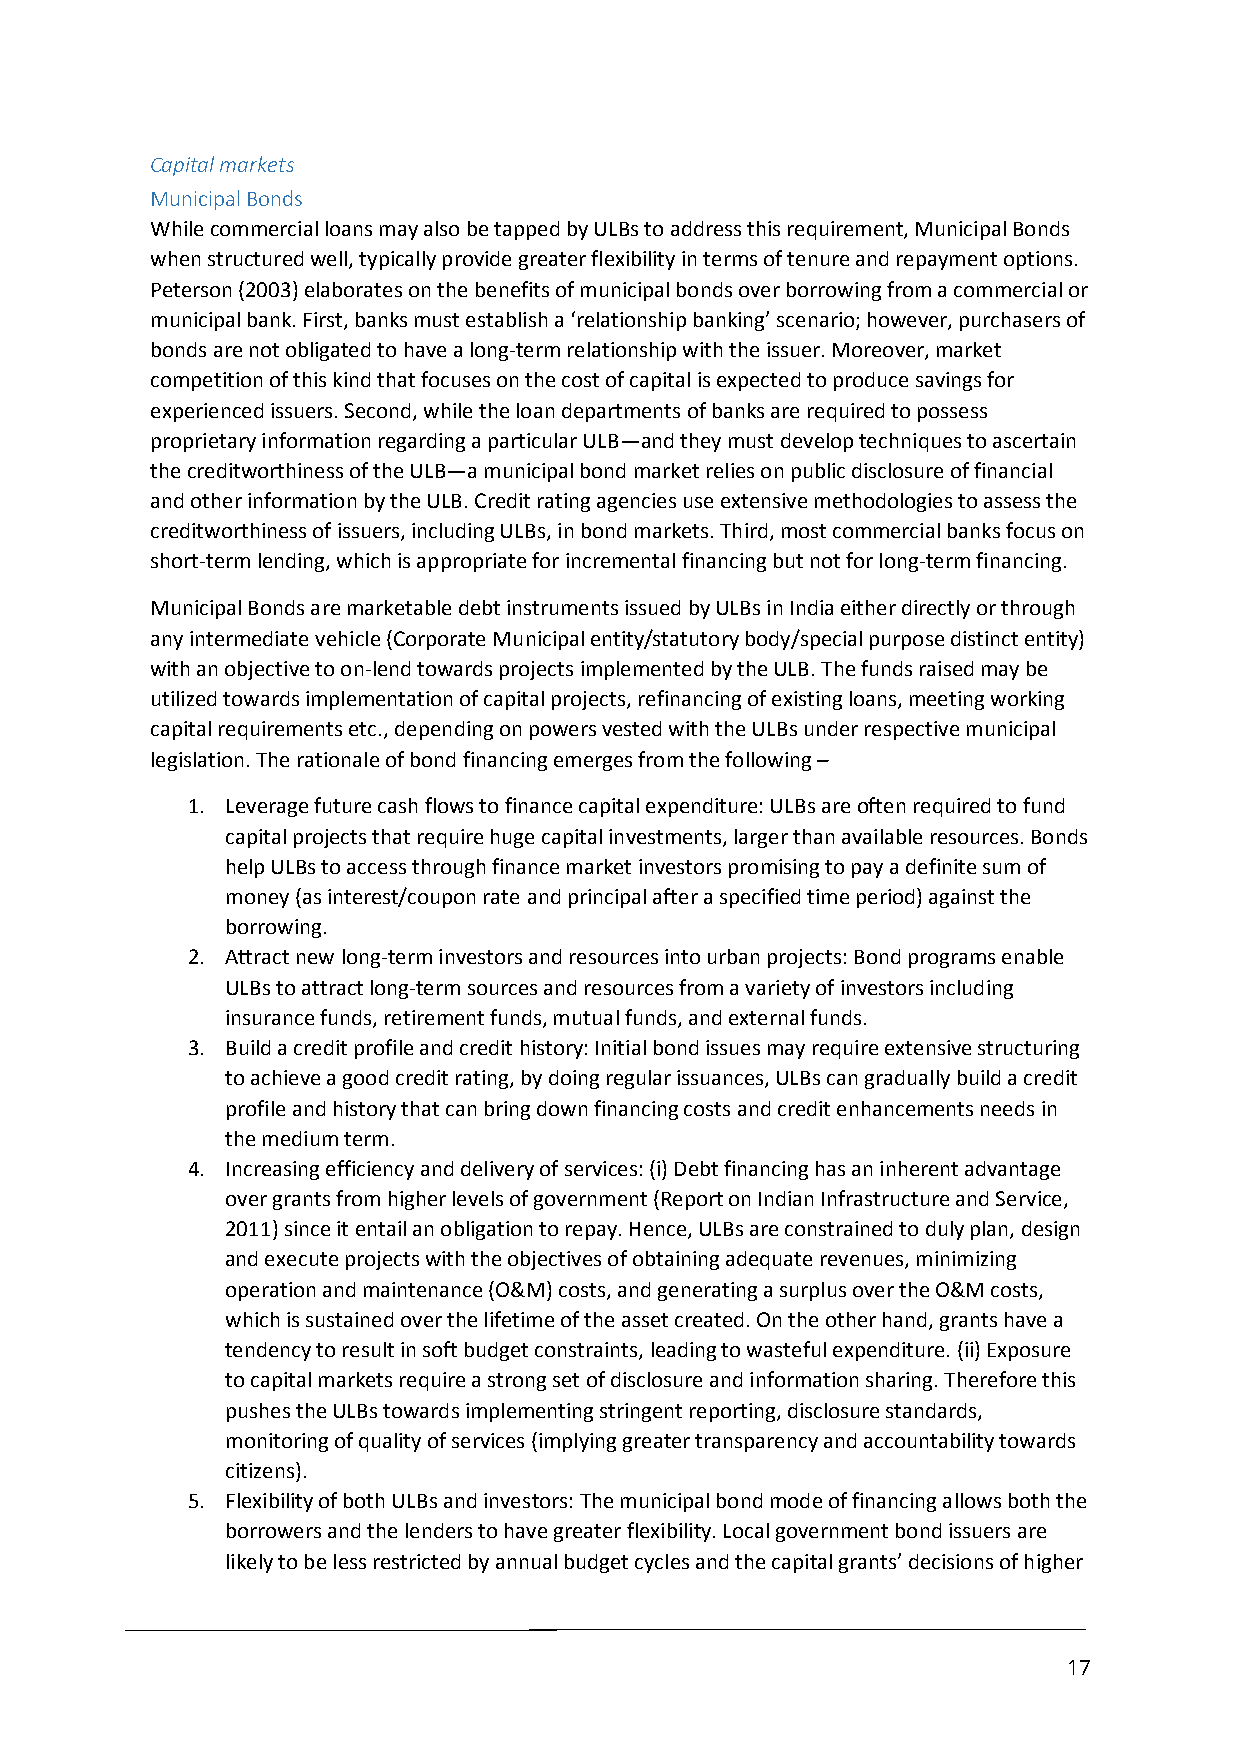
Capital markets
 Municipal Bonds
 While commercial loans may also be tapped by ULBs to address this requirement, Municipal Bonds
 when structured well, typically provide greater flexibility in terms of tenure and repayment options.
 Peterson (2003) elaborates on the benefits of municipal bonds over borrowing from a commercial or
 municipal bank. First, banks must establish a ‘relationship banking’ scenario; however, purchasers of
 bonds are not obligated to have a long-term relationship with the issuer. Moreover, market
 competition of this kind that focuses on the cost of capital is expected to produce savings for
 experienced issuers. Second, while the loan departments of banks are required to possess
 proprietary information regarding a particular ULB—and they must develop techniques to ascertain
 the creditworthiness of the ULB—a municipal bond market relies on public disclosure of financial
 and other information by the ULB. Credit rating agencies use extensive methodologies to assess the
 creditworthiness of issuers, including ULBs, in bond markets. Third, most commercial banks focus on
 short-term lending, which is appropriate for incremental financing but not for long-term financing.
 Municipal Bonds are marketable debt instruments issued by ULBs in India either directly or through
 any intermediate vehicle (Corporate Municipal entity/statutory body/special purpose distinct entity)
 with an objective to on-lend towards projects implemented by the ULB. The funds raised may be
 utilized towards implementation of capital projects, refinancing of existing loans, meeting working
 capital requirements etc., depending on powers vested with the ULBs under respective municipal
 legislation. The rationale of bond financing emerges from the following –
 1. Leverage future cash flows to finance capital expenditure: ULBs are often required to fund
 capital projects that require huge capital investments, larger than available resources. Bonds
 help ULBs to access through finance market investors promising to pay a definite sum of
 money (as interest/coupon rate and principal after a specified time period) against the
 borrowing.
 2. Attract new long-term investors and resources into urban projects: Bond programs enable
 ULBs to attract long-term sources and resources from a variety of investors including
 insurance funds, retirement funds, mutual funds, and external funds.
 3. Build a credit profile and credit history: Initial bond issues may require extensive structuring
 to achieve a good credit rating, by doing regular issuances, ULBs can gradually build a credit
 profile and history that can bring down financing costs and credit enhancements needs in
 the medium term.
 4. Increasing efficiency and delivery of services: (i) Debt financing has an inherent advantage
 over grants from higher levels of government (Report on Indian Infrastructure and Service,
 2011) since it entail an obligation to repay. Hence, ULBs are constrained to duly plan, design
 and execute projects with the objectives of obtaining adequate revenues, minimizing
 operation and maintenance (O&M) costs, and generating a surplus over the O&M costs,
 which is sustained over the lifetime of the asset created. On the other hand, grants have a
 tendency to result in soft budget constraints, leading to wasteful expenditure. (ii) Exposure
 to capital markets require a strong set of disclosure and information sharing. Therefore this
 pushes the ULBs towards implementing stringent reporting, disclosure standards,
 monitoring of quality of services (implying greater transparency and accountability towards
 citizens).
 5. Flexibility of both ULBs and investors: The municipal bond mode of financing allows both the
 borrowers and the lenders to have greater flexibility. Local government bond issuers are
 likely to be less restricted by annual budget cycles and the capital grants’ decisions of higher
 17